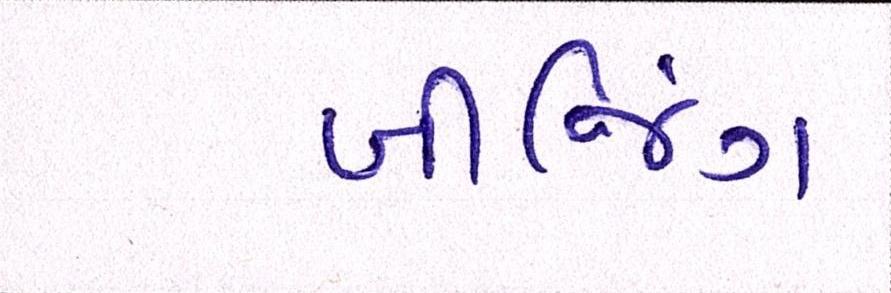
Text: બીજિંગ